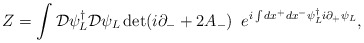
\begin{align*}Z = \int {\cal D} \psi^{\dagger}_L {\cal D}\psi_L \det ( i \partial_- +2A_- ) \,\,\,e^{i\int dx^+ dx^- \psi^{\dagger}_L i\partial_+ \psi_L},\end{align*}